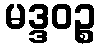
မဒ္ဒဝဉ္စ